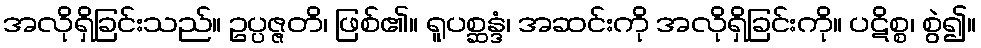
အလိုရှိခြင်းသည်။ ဥပ္ပဇ္ဇတိ၊ ဖြစ်၏။ ရူပစ္ဆန္ဒံ၊ အဆင်းကို အလိုရှိခြင်းကို။ ပဋိစ္စ၊ စွဲ၍။